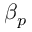
\beta _ { p }